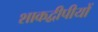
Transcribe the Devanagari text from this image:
शाकद्वीपीयों